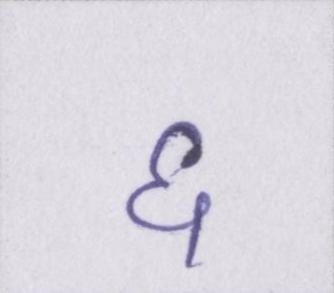
६